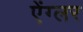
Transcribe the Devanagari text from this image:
ऐंग्लर